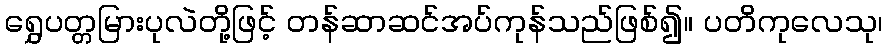
ရွှေပတ္တမြားပုလဲတို့ဖြင့် တန်ဆာဆင်အပ်ကုန်သည်ဖြစ်၍။ ပတိကုလေသု၊